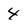
Character: 4